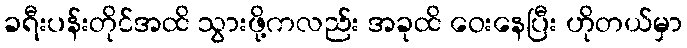
ခရီးပန်းတိုင်အထိ သွားဖို့ကလည်း အခုထိ ဝေးနေပြီး ဟိုတယ်မှာ